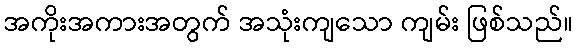
အကိုးအကားအတွက် အသုံးကျသော ကျမ်း ဖြစ်သည်။